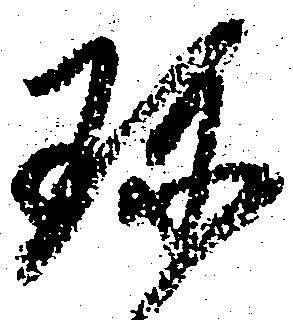
珍